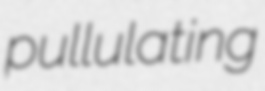
pullulating